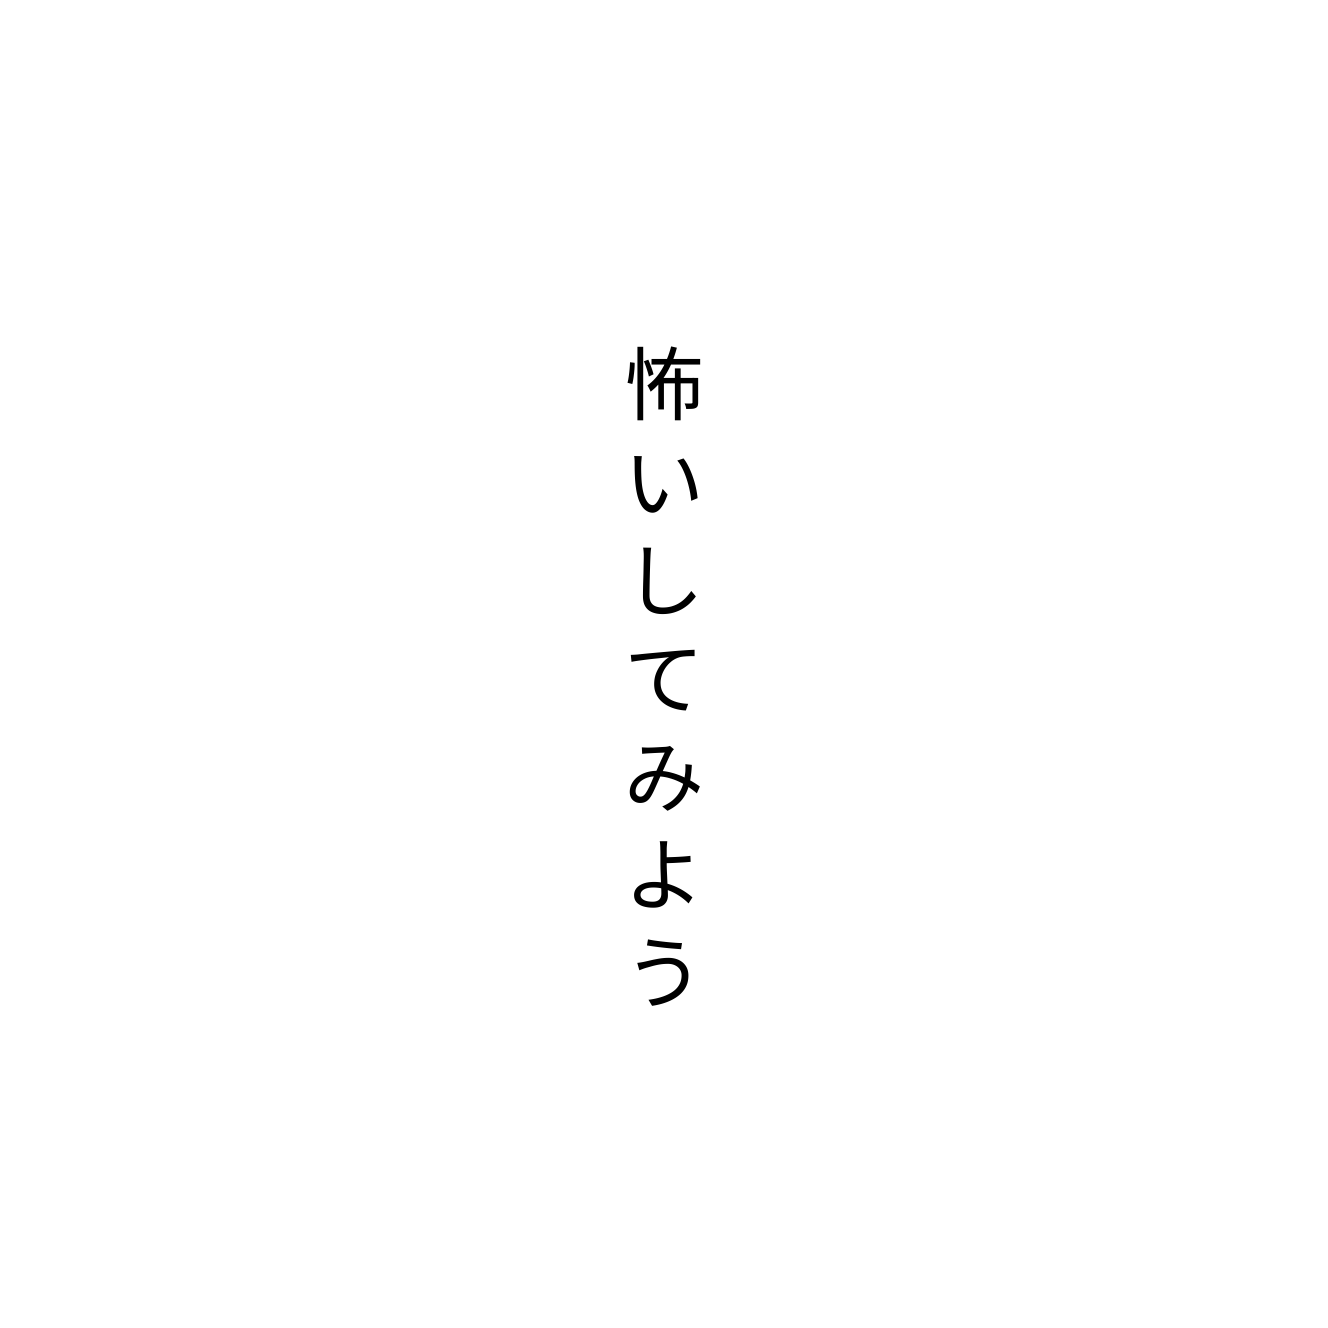
怖いしてみよう